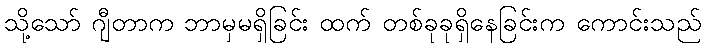
သို့သော် ဂျီတာက ဘာမှမရှိခြင်း ထက် တစ်ခုခုရှိနေခြင်းက ကောင်းသည်